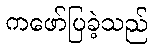
ကဖော်ပြခဲ့သည်